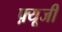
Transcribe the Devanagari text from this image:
फ़्यूजी